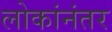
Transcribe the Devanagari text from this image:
लोकांनंतर